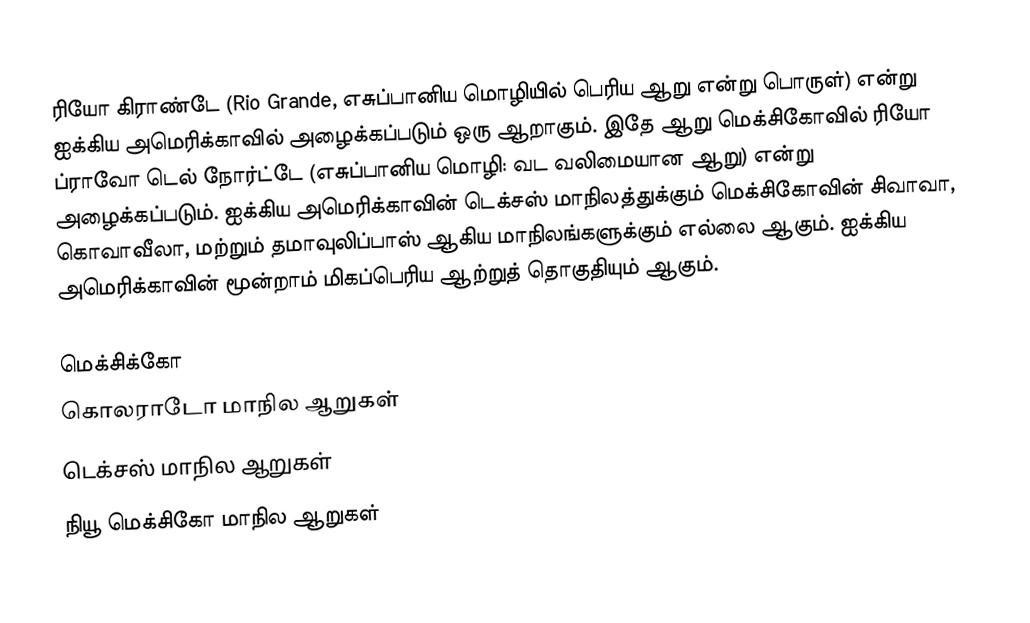
ரியோ கிராண்டே (Rio Grande, எசுப்பானிய மொழியில் பெரிய ஆறு என்று பொருள்) என்று ஐக்கிய அமெரிக்காவில் அழைக்கப்படும் ஒரு ஆறாகும். இதே ஆறு மெக்சிகோவில் ரியோ ப்ராவோ டெல் நோர்ட்டே (எசுப்பானிய மொழி: வட வலிமையான ஆறு) என்று அழைக்கப்படும். ஐக்கிய அமெரிக்காவின் டெக்சஸ் மாநிலத்துக்கும் மெக்சிகோவின் சிவாவா, கொவாவீலா, மற்றும் தமாவுலிப்பாஸ் ஆகிய மாநிலங்களுக்கும் எல்லை ஆகும். ஐக்கிய அமெரிக்காவின் மூன்றாம் மிகப்பெரிய ஆற்றுத் தொகுதியும் ஆகும்.

மெக்சிக்கோ
கொலராடோ மாநில ஆறுகள்
டெக்சஸ் மாநில ஆறுகள்
நியூ மெக்சிகோ மாநில ஆறுகள்